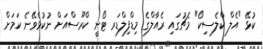
ކުޅޭ "އެލް ކްލެސިކޯ" މެޗުގައި ރެއާލްގެ މިޑްފިލްޑަރ ޓޯނީ ކްރޫސްއަށް ނުކުޅެވޭނެ ކަމަށް